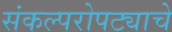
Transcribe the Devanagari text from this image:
संकल्परोपट्याचे